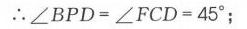
\(\therefore\angle BPD=\angle FCD = 45^{\circ}\);